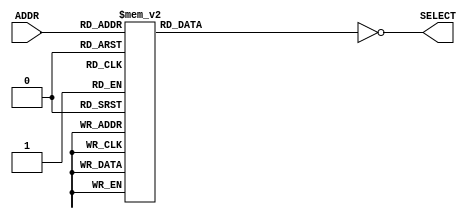
`timescale 1ns / 1ps
module DECODER(
	input[2:0] ADDR,
	output[0:7] SELECT
    );
	 
reg[0:7] DEC;
assign SELECT = ~DEC;

always@* begin
 case(ADDR)
	3'd0: DEC=8'b10000000;
   3'd1: DEC=8'b01000000;
   3'd2: DEC=8'b00100000;
   3'd3: DEC=8'b00010000;
   3'd4: DEC=8'b00001000;
   3'd5: DEC=8'b00000100;
   3'd6: DEC=8'b00000010;
   3'd7: DEC=8'b00000001;
 endcase
end

endmodule